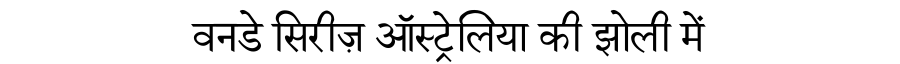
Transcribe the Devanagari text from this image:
वनडे सिरीज़ ऑस्ट्रेलिया की झोली में